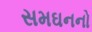
સમઘનનો